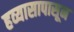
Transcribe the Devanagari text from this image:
हव्यासापासून